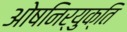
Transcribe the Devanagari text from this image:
ओषनिर्युक्ति